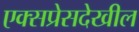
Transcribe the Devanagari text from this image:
एक्सप्रेसदेखील